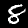
Label: 8